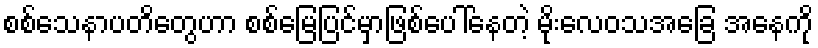
စစ်သေနာပတိတွေဟာ စစ်မြေပြင်မှာဖြစ်ပေါ်နေတဲ့ မိုးလေဝသအခြေ အနေကို